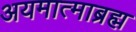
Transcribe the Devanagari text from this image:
अयमात्माब्रह्म